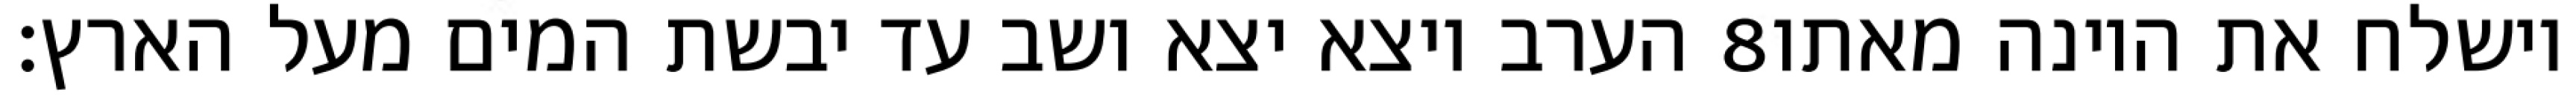
הערב ויצא יצא ושב עד יבשת המים מעל הארץ׃ ‎8‏ וישלח את היונה מאתו